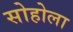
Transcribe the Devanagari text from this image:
सोहोला